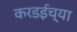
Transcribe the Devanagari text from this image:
करडईच्या